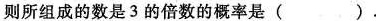
则所组成的数是3的倍数的概率是( )。